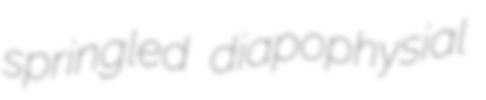
springled diapophysial